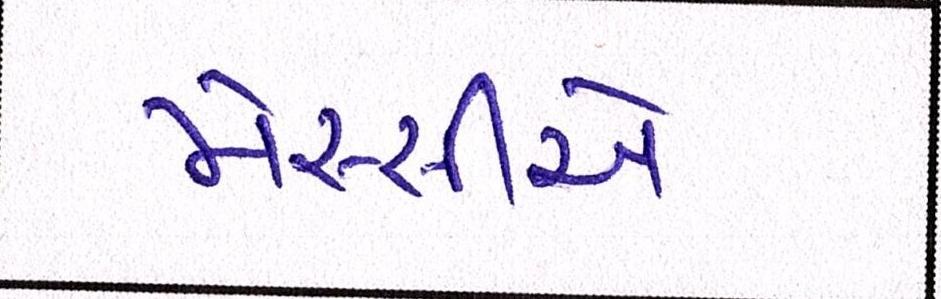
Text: મેસ્સીએ